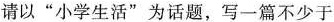
请以“小学生活”为话题，写一篇不少于